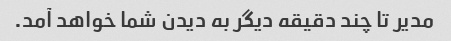
مدیر تا چند دقیقه دیگر به دیدن شما خواهد آمد.